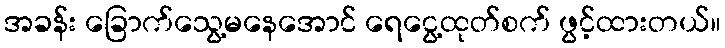
အခန်း ခြောက်သွေ့မနေအောင် ရေငွေ့ထုတ်စက် ဖွင့်ထားတယ်။